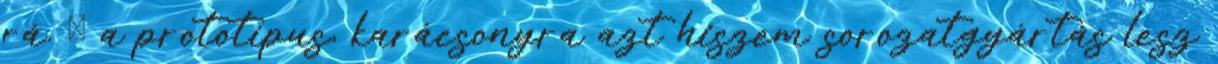
rá. Ő a prototípus, karácsonyra azt hiszem sorozatgyártás lesz